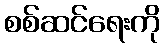
စစ်ဆင်ရေးကို